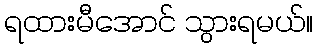
ရထားမီအောင် သွားရမယ်။